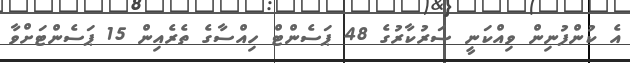
އެ ކުންފުނިން ވިއްކަނީ ސަރުކާރުގެ 48 ޕަސެންޓް ހިއްސާގެ ތެރެއިން 15 ޕަސެންޓަށްވާ